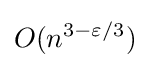
O(n^{3-\varepsilon /3})